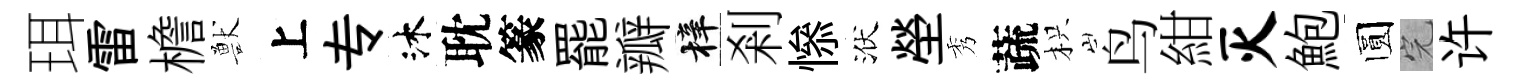
珥雷檐獸上专沐耽篆罷瓣梓剎𢡖洑塋秀蔬枳鸟紺灭鮑圆完许